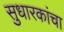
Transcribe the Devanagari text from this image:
सुधारकांचा